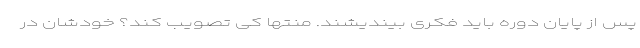
پس از پایان دوره باید فکری بیندیشند. منتها کی تصویب کند؟ خودشان در